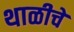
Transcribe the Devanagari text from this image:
थाळीचे